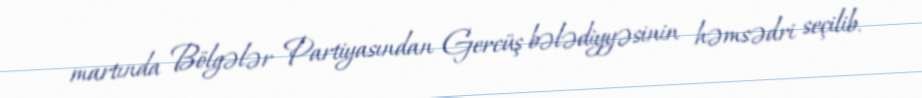
martında Bölgələr Partiyasından Gercüş bələdiyyəsinin həmsədri seçilib.